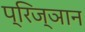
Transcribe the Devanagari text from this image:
प्रिज्ञान